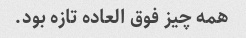
همه چیز فوق العاده تازه بود.